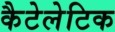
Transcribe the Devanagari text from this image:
कैटेलेटिक